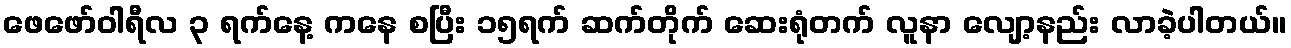
ဖေဖော်ဝါရီလ ၃ ရက်နေ့ ကနေ စပြီး ၁၅ရက် ဆက်တိုက် ဆေးရုံတက် လူနာ လျော့နည်း လာခဲ့ပါတယ်။